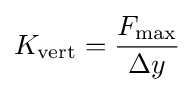
K_{\text{vert}}={\frac {F_{\text{max}}}{\Delta y}}